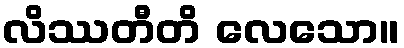
လိဿတီတိ လေသော။